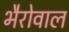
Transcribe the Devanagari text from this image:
भैरोवाल